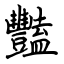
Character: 豔